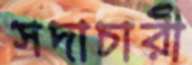
সদাচারী